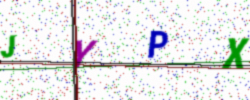
Text: JYPX